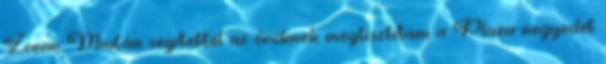
Zoenn Miután segítettél az őröknek megtisztítani a Plaza negyedet